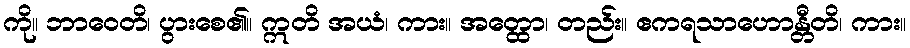
ကို။ ဘာဝေတိ၊ ပွားစေ၏။ ဣတိ အယံ၊ ကား။ အတ္ထော၊ တည်း။ ဧကရသာဟောန္တီတိ၊ ကား။